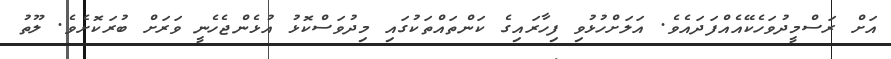
އަށް ރަސްމީދުވަހެކޭއެއްފަދައެވެ. އަލަށްހުޅުވި ފިހާރައިގެ ކަންތައްތަކުގައި މިދުވަސްކޮޅު އުޅެންޖެހެނީ ވަރަށް ބުރަކޮށެވެ. ލޫތު